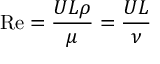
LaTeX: \mathrm { R e } = { \frac { U L \rho } { \mu } } = { \frac { U L } { \nu } }